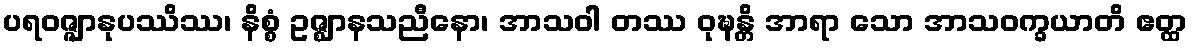
ပရဝဇ္ဇျာနုပဿိဿ၊ နိစ္စံ ဥဇ္ဈာနသညီနော၊ အာသဝါ တဿ ဝုဍ္ဎန္တိ အာရာ သော အာသဝက္ခယာတိ ဧတ္ထ